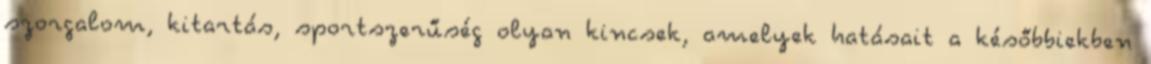
szorgalom, kitartás, sportszerűség olyan kincsek, amelyek hatásait a későbbiekben